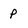
Character: P